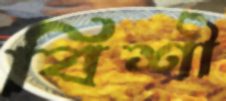
বিশী